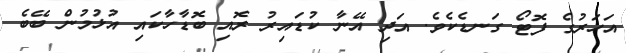
އަހަރުގެ ފޮޓޯ ގަނޑެކެވެ. އަދި އޭނާ ކުޑައިރު ރޮއި ބޮޑާހާކައި އުޅުމުން ބޭބެ